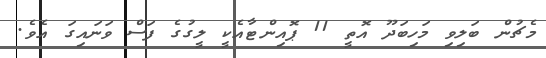
މެޗުން ބަލިވި މަހިބަދޫ އޮތީ 11 ޕޮއިންޓާއެކީ ލީގުގެ ފަސް ވަނައިގަ އެވެ.